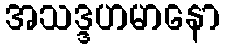
အသဒ္ဒဟမာနော